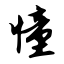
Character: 憧